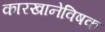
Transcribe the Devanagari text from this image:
कारखानेविषक